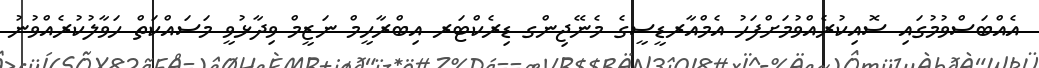
އެއްބަސްވުމުގައި ސޮއިކުރެއްވުމަށްފަހު އެމްއާރޑީސީގެ މެނޭޖިންގ ޑިރެކްޓަރ އިބްރާހީމް ނަޒީމް ވިދާޅުވީ މަސައްކަތް ހަވާލުކުރެއްވުނު